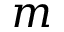
m